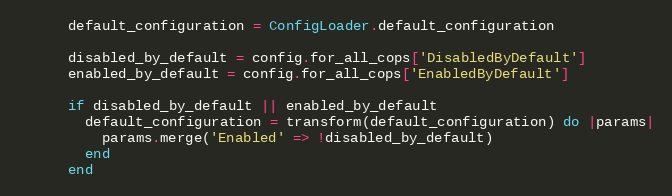
Language: Ruby
      default_configuration = ConfigLoader.default_configuration

      disabled_by_default = config.for_all_cops['DisabledByDefault']
      enabled_by_default = config.for_all_cops['EnabledByDefault']

      if disabled_by_default || enabled_by_default
        default_configuration = transform(default_configuration) do |params|
          params.merge('Enabled' => !disabled_by_default)
        end
      end